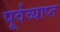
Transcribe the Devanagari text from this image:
पूर्वव्याप्त